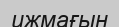
ижмағын